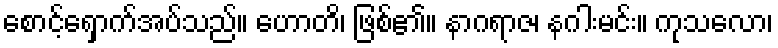
စောင့်ရှောက်အပ်သည်။ ဟောတိ၊ ဖြစ်၏။ နာဂရာဇ၊ နဂါးမင်း။ ကုသလော၊